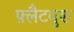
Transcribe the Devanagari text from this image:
फ़्लैटबुश